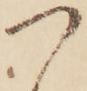
つ